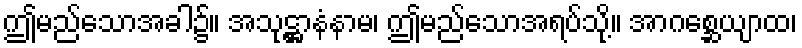
ဤမည်သောအခါ၌။ အသုဋ္ဌာနံနာမ၊ ဤမည်သောအရပ်သို့။ အာဂစ္ဆေယျာထ၊